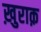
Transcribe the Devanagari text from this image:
ख़ुराक़